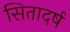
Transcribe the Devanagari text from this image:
सितादर्ष